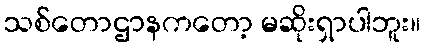
သစ်တောဌာနကတော့ မဆိုးရှာပါဘူး။